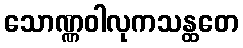
သောဏ္ဏဝါလုကသန္ထတေ